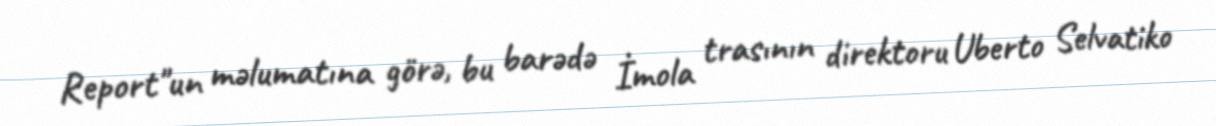
Report"un məlumatına görə, bu barədə İmola trasının direktoru Uberto Selvatiko